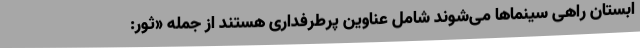
ابستان راهی سینماها می‌شوند شامل عناوین پرطرفداری هستند از جمله «ثور: